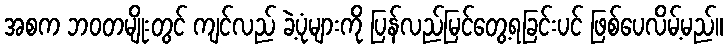
အစက ဘဝတမျိုးတွင် ကျင်လည် ခဲ့ပုံများကို ပြန်လည်မြင်တွေ့ရခြင်းပင် ဖြစ်ပေလိမ့်မည်။